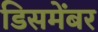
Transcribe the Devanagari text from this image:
डिसमेंबर